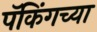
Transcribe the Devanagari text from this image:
पॅकिंगच्या